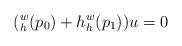
LaTeX: \begin{align*}(_h^w(p_0)+h_h^w(p_1))u=0\end{align*}